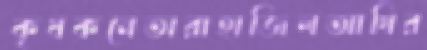
কৃষকনেতারাহাজিলআখির